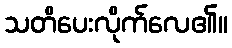
သတိပေးလိုက်လေ၏။